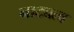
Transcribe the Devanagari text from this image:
नाट्यत्व